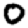
Digit: 0